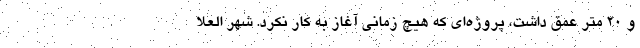
و ۲۰ متر عمق داشت، پروژه‌ای که هیچ زمانی آغاز به کار نکرد. شهر العُلا